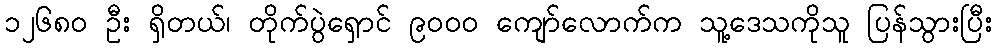
၁၂၆၈၀ ဦး ရှိတယ်၊ တိုက်ပွဲရှောင် ၉၀၀၀ ကျော်လောက်က သူ့ဒေသကိုသူ ပြန်သွားပြီး